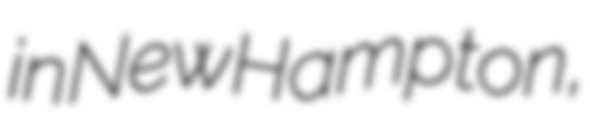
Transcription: in New Hampton,